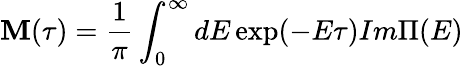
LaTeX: \mathbf{M}(\tau)=\frac{1}{\pi}\int_{0}^{\infty}dE\exp(-E\tau){Im}\Pi(E)